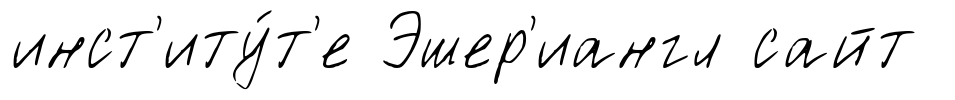
инст'иту́т'е Эшер'иангл сайт